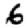
Digit: 6